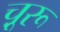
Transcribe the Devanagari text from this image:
चू़रू